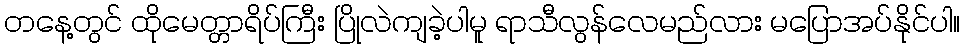
တနေ့တွင် ထိုမေတ္တာရိပ်ကြီး ပြိုလဲကျခဲ့ပါမူ ရာသီလွန်လေမည်လား မပြောအပ်နိုင်ပါ။